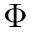
\Phi